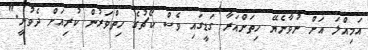
އަމިއްލަ އަށް ނުވާނެޔޭ ހިތަށްއަރާ ގަޑީގައި ވެސް ކޯޗުގެ ހިތްވަރުން ކުރިއަށް ދެވުނީ."